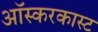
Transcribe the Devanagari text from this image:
ऑस्करकास्ट